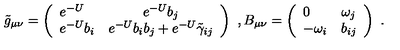
\tilde { g } _ { \mu \nu } = \left( \begin{array} { l c } { e ^ { - U } } & { e ^ { - U } b _ { j } } \\ { e ^ { - U } b _ { i } } & { e ^ { - U } b _ { i } b _ { j } + e ^ { - U } \tilde { \gamma } _ { i j } } \\ \end{array} \right) \ , B _ { \mu \nu } = \left( \begin{array} { l c } { 0 } & { \omega _ { j } } \\ { - \omega _ { i } } & { b _ { i j } } \\ \end{array} \right) \ .